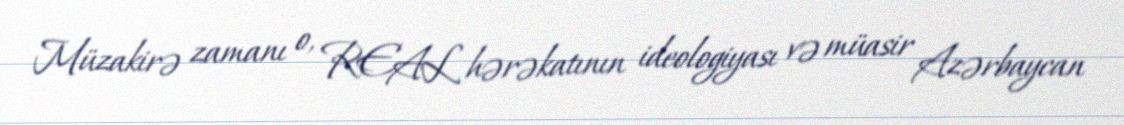
Müzakirə zamanı o, REAL hərəkatının ideologiyası və müasir Azərbaycan